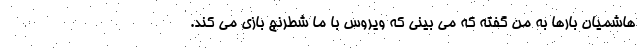
هاشمیان بارها به من گفته که می بینی که ویروس با ما شطرنج بازی می کند.